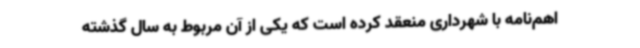
اهم‌نامه با شهرداری منعقد کرده است که یکی از آن مربوط به سال گذشته